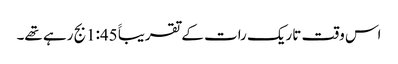
اس وقت تاریک رات کے تقریباََ 1:45بج رہے تھے۔